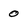
Character: 0